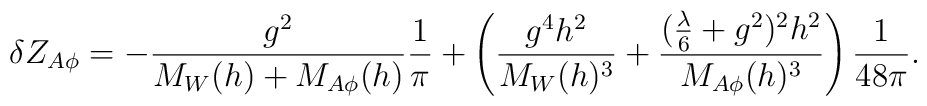
\delta Z_{A\phi}=-\frac{g^2}{M_W(h)+M_{A\phi}(h)}                                         \frac{1}{\pi}  +\left(\frac{g^4 h^2}{M_W(h)^3}+	 \frac{(\frac{\lambda}{6}+g^2)^2 h^2}{M_{A\phi}(h)^3}   \right) \frac{1}{48 \pi}.